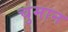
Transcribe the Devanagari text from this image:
चुमान